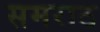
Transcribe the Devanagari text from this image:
समराठ